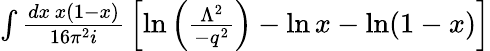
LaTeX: \begin{array}{rlr}{\int{\frac{dx\, x(1-x)}{16\pi^{2}i}}\! \! \! \! \! \! \! \! \! \! \! }&{{}}&{\left[\ln\left(\frac{\Lambda^{2}}{-q^{2}}\right)-\ln x-\ln(1-x)\right]}\end{array}